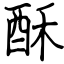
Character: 酥